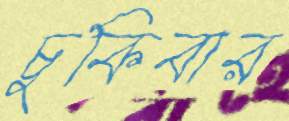
চুকিবার